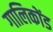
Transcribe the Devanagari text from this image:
गालिकोंड